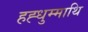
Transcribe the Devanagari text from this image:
हह्धुम्माथि